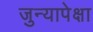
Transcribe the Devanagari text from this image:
जुन्यापेक्षा